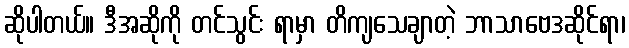
ဆိုပါတယ်။ ဒီအဆိုကို တင်သွင်း ရာမှာ တိကျသေချာတဲ့ ဘာသာဗေဒဆိုင်ရာ၊